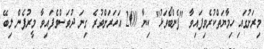
މިރަށުގައި ހިމާޔަތްކުރެވިފައިވާ "ފެންބޯވަޅު" ކިޔާ 200 އަހަރަށްވުރެ ގިނަ ދުވަސްވެފައިވާ މީރުފެން ލިބޭ